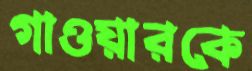
গাওয়ারকে